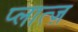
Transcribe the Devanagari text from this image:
प्लात्ज़